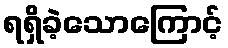
ရရှိခဲ့သောကြောင့်